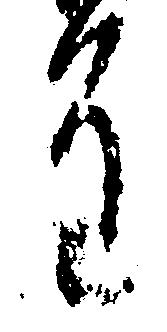
進